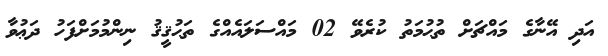
އަދި އޭނާގެ މައްޗަށް ތުޙުމަތު ކުރެވޭ 02 މައްސަލައެއްގެ ތަޙުޤީޤު ނިންމުމަށްފަހު ދަޢުވާ